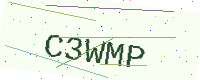
Text: C3WMP